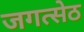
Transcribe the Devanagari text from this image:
जगत्सेठ